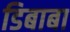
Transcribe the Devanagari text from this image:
डिबाबा